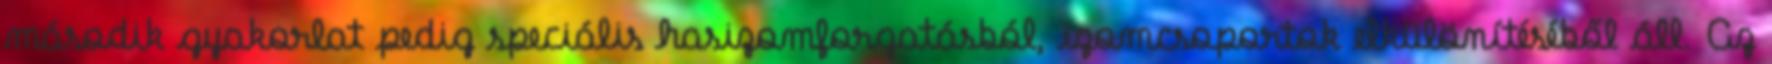
második gyakorlat pedig speciális hasizomforgatásból, izomcsoportok elkülönítéséből áll. Az